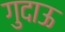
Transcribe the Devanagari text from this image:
गुदाऊ